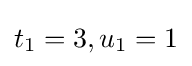
t_{1}=3,u_{1}=1